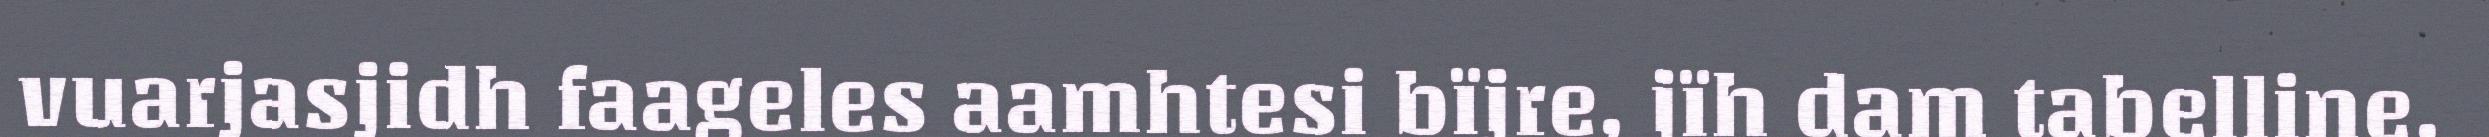
vuarjasjidh faageles aamhtesi bïjre, jïh dam tabelline,